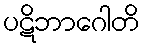
ပဋိဘာဂေါတိ